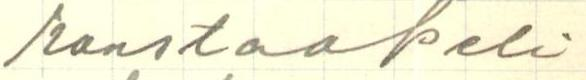
konstaapeli